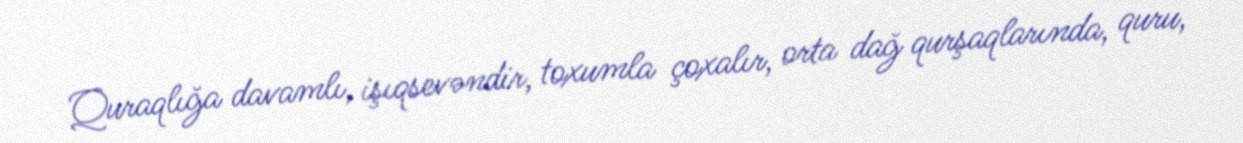
Quraqlığa davamlı, işıqsevəndir, toxumla çoxalır, orta dağ qurşaqlarında, quru,